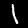
Digit: 1